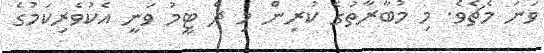
ވަނަ މެޗެވެ. މި މުބާރާތުގެ ކުރިން މި ދެ ޓީމު ވަނީ އެކުވެރިކަމުގެ